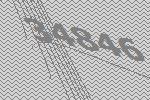
34846